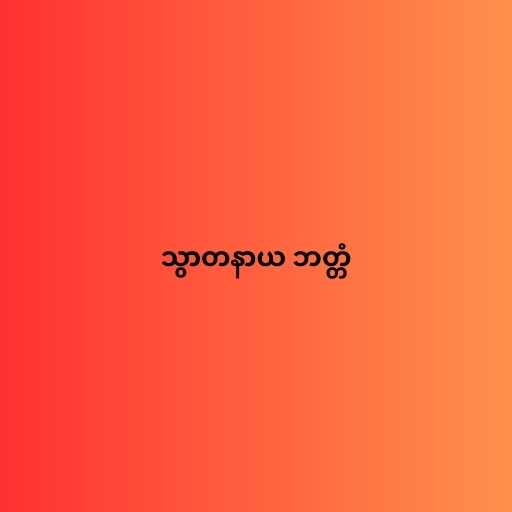
သွာတနာယ ဘတ္တံ